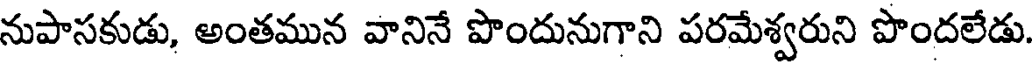
నుపాసకుడు, అంతమున వానినే పొందునుగాని పరమేశ్వరుని పొందలేడు.